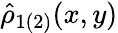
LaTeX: \hat{\rho}_{1(2)}(x,y)